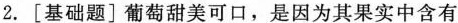
2.[基础题]葡萄甜美可口，是因为其果实中含有